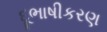
દૂભાષીકરણ